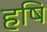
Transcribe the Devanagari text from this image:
हषि